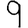
Digit: 9